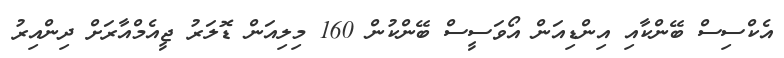
އެކްސިސް ބޭންކާއި އިންޑިއަން އޯވަސީސް ބޭންކުން 160 މިލިއަން ޑޮލަރު ޖީއެމްއާރަށް ދިންއިރު